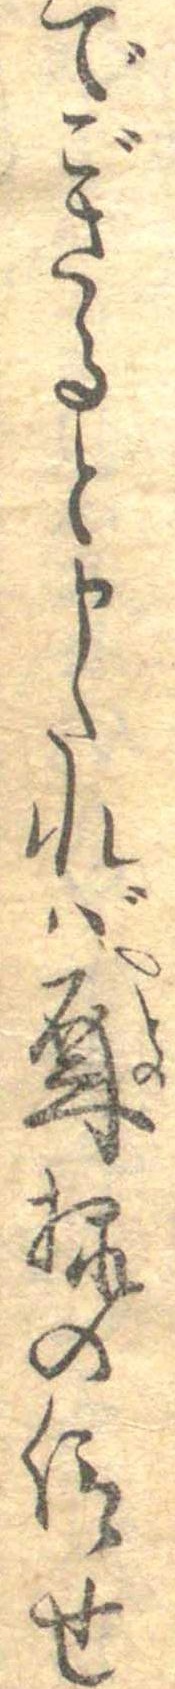
でござると申たれば殿様の仰せ